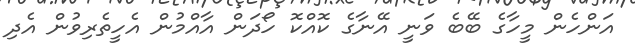
އަންހެން މީހާގެ ބޭބެ ވަނީ އޭނާގެ ކޮއްކޮ ހޯދަން އާއްމުން އެހީތެރިވުން އެދި